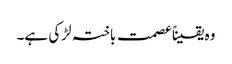
وہ یقیناًعصمت باختہ لڑکی ہے۔